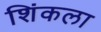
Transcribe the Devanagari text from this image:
शिंकला